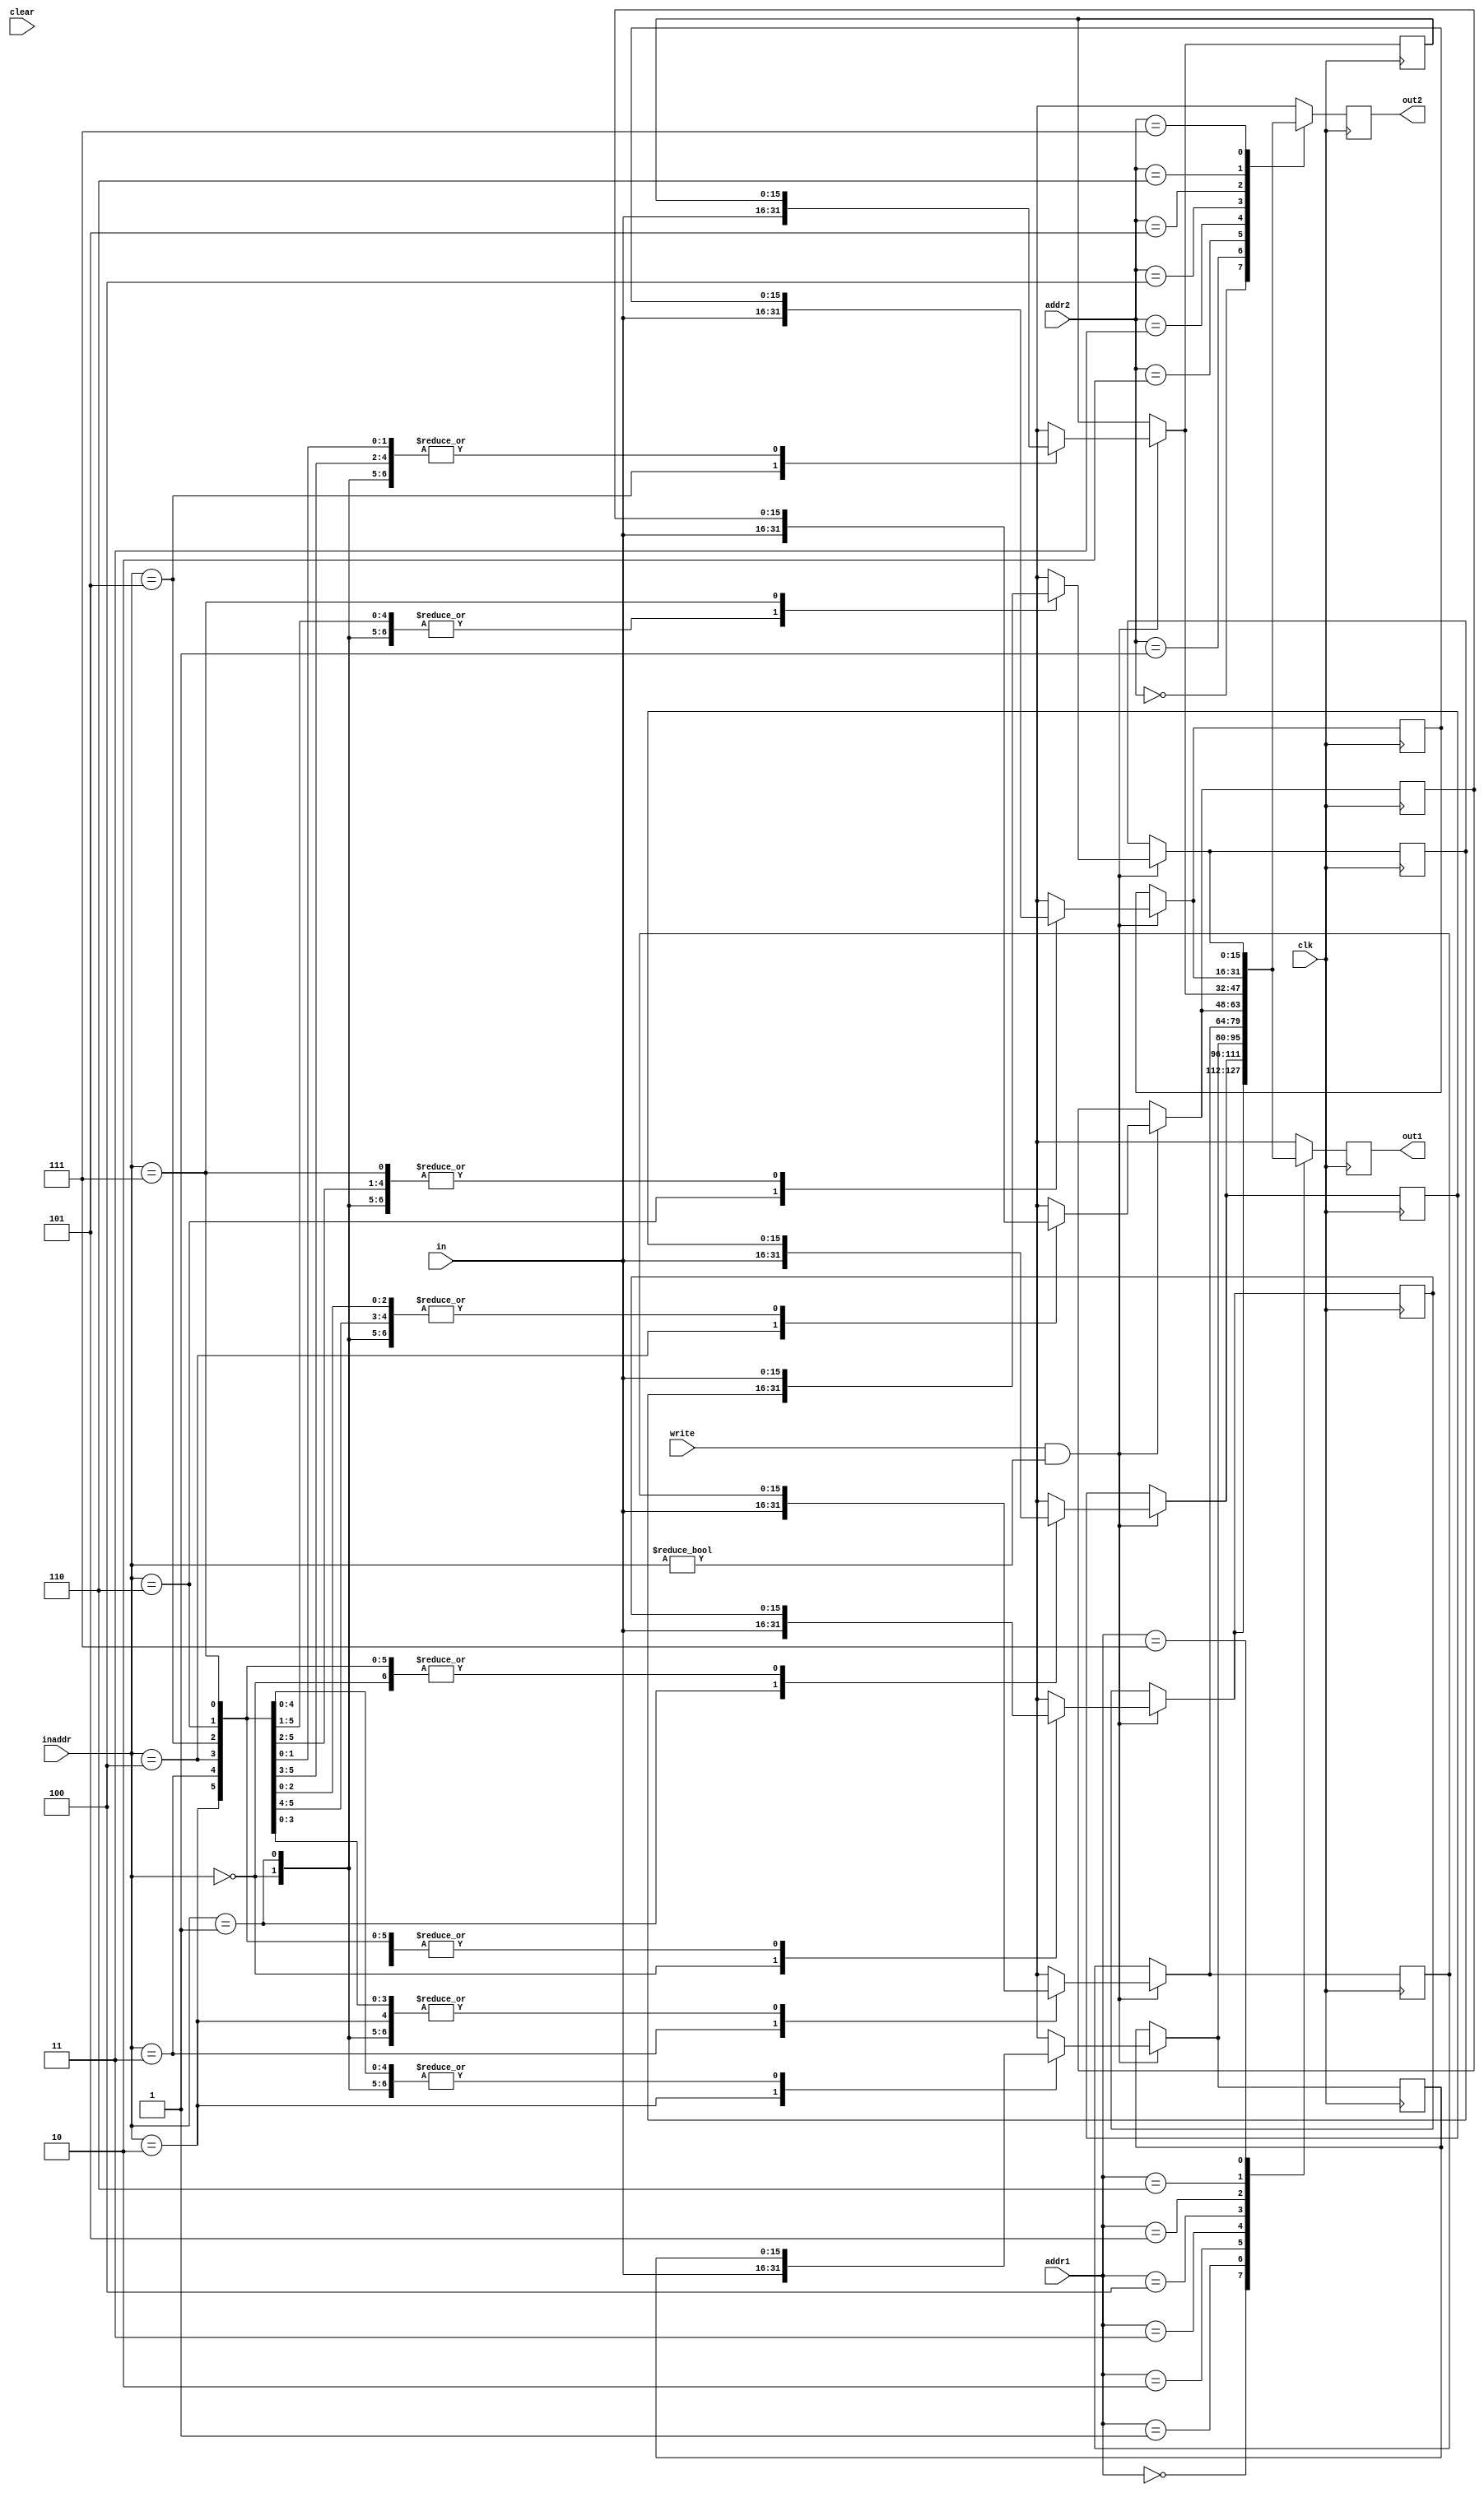
module registerFile(clk, inaddr, in, addr1, addr2, out1, out2, write, clear);
	
	input wire clk;
	input wire write;
	input wire [15:0]in;
	input wire clear;
	input wire [2:0]addr1;
	input wire [2:0]addr2;
	input wire [2:0]inaddr;
	
	output reg [15:0]out1;
	output reg [15:0]out2;
	
	
	reg [15:0]vals[7:0];
	
	initial begin
		vals[3'd0] <= 16'b0;
		vals[3'd1] <= 16'b0;
		vals[3'd2] <= 16'b0;
		vals[3'd3] <= 16'b0;
		vals[3'd4] <= 16'b0;
		vals[3'd5] <= 16'b0;
		vals[3'd6] <= 16'b0;
		vals[3'd7] <= 16'b0;
	end
	
	always @(posedge clk) begin
	
		if(clear == 1'b1) begin
			vals[3'd0] <= 16'b0;
			vals[3'd1] <= 16'b0;
			vals[3'd2] <= 16'b0;
			vals[3'd3] <= 16'b0;
			vals[3'd4] <= 16'b0;
			vals[3'd5] <= 16'b0;
			vals[3'd6] <= 16'b0;
			vals[3'd7] <= 16'b0;
		end
		
		if(write == 1'b1 && inaddr != 3'b00) vals[inaddr] = in;//Make sure Zero register is never changed
		
		//These are noblocking, since they should be concurrent
		out1 <= vals[addr1];
		out2 <= vals[addr2];
		
		
	end
	
	
	

endmodule